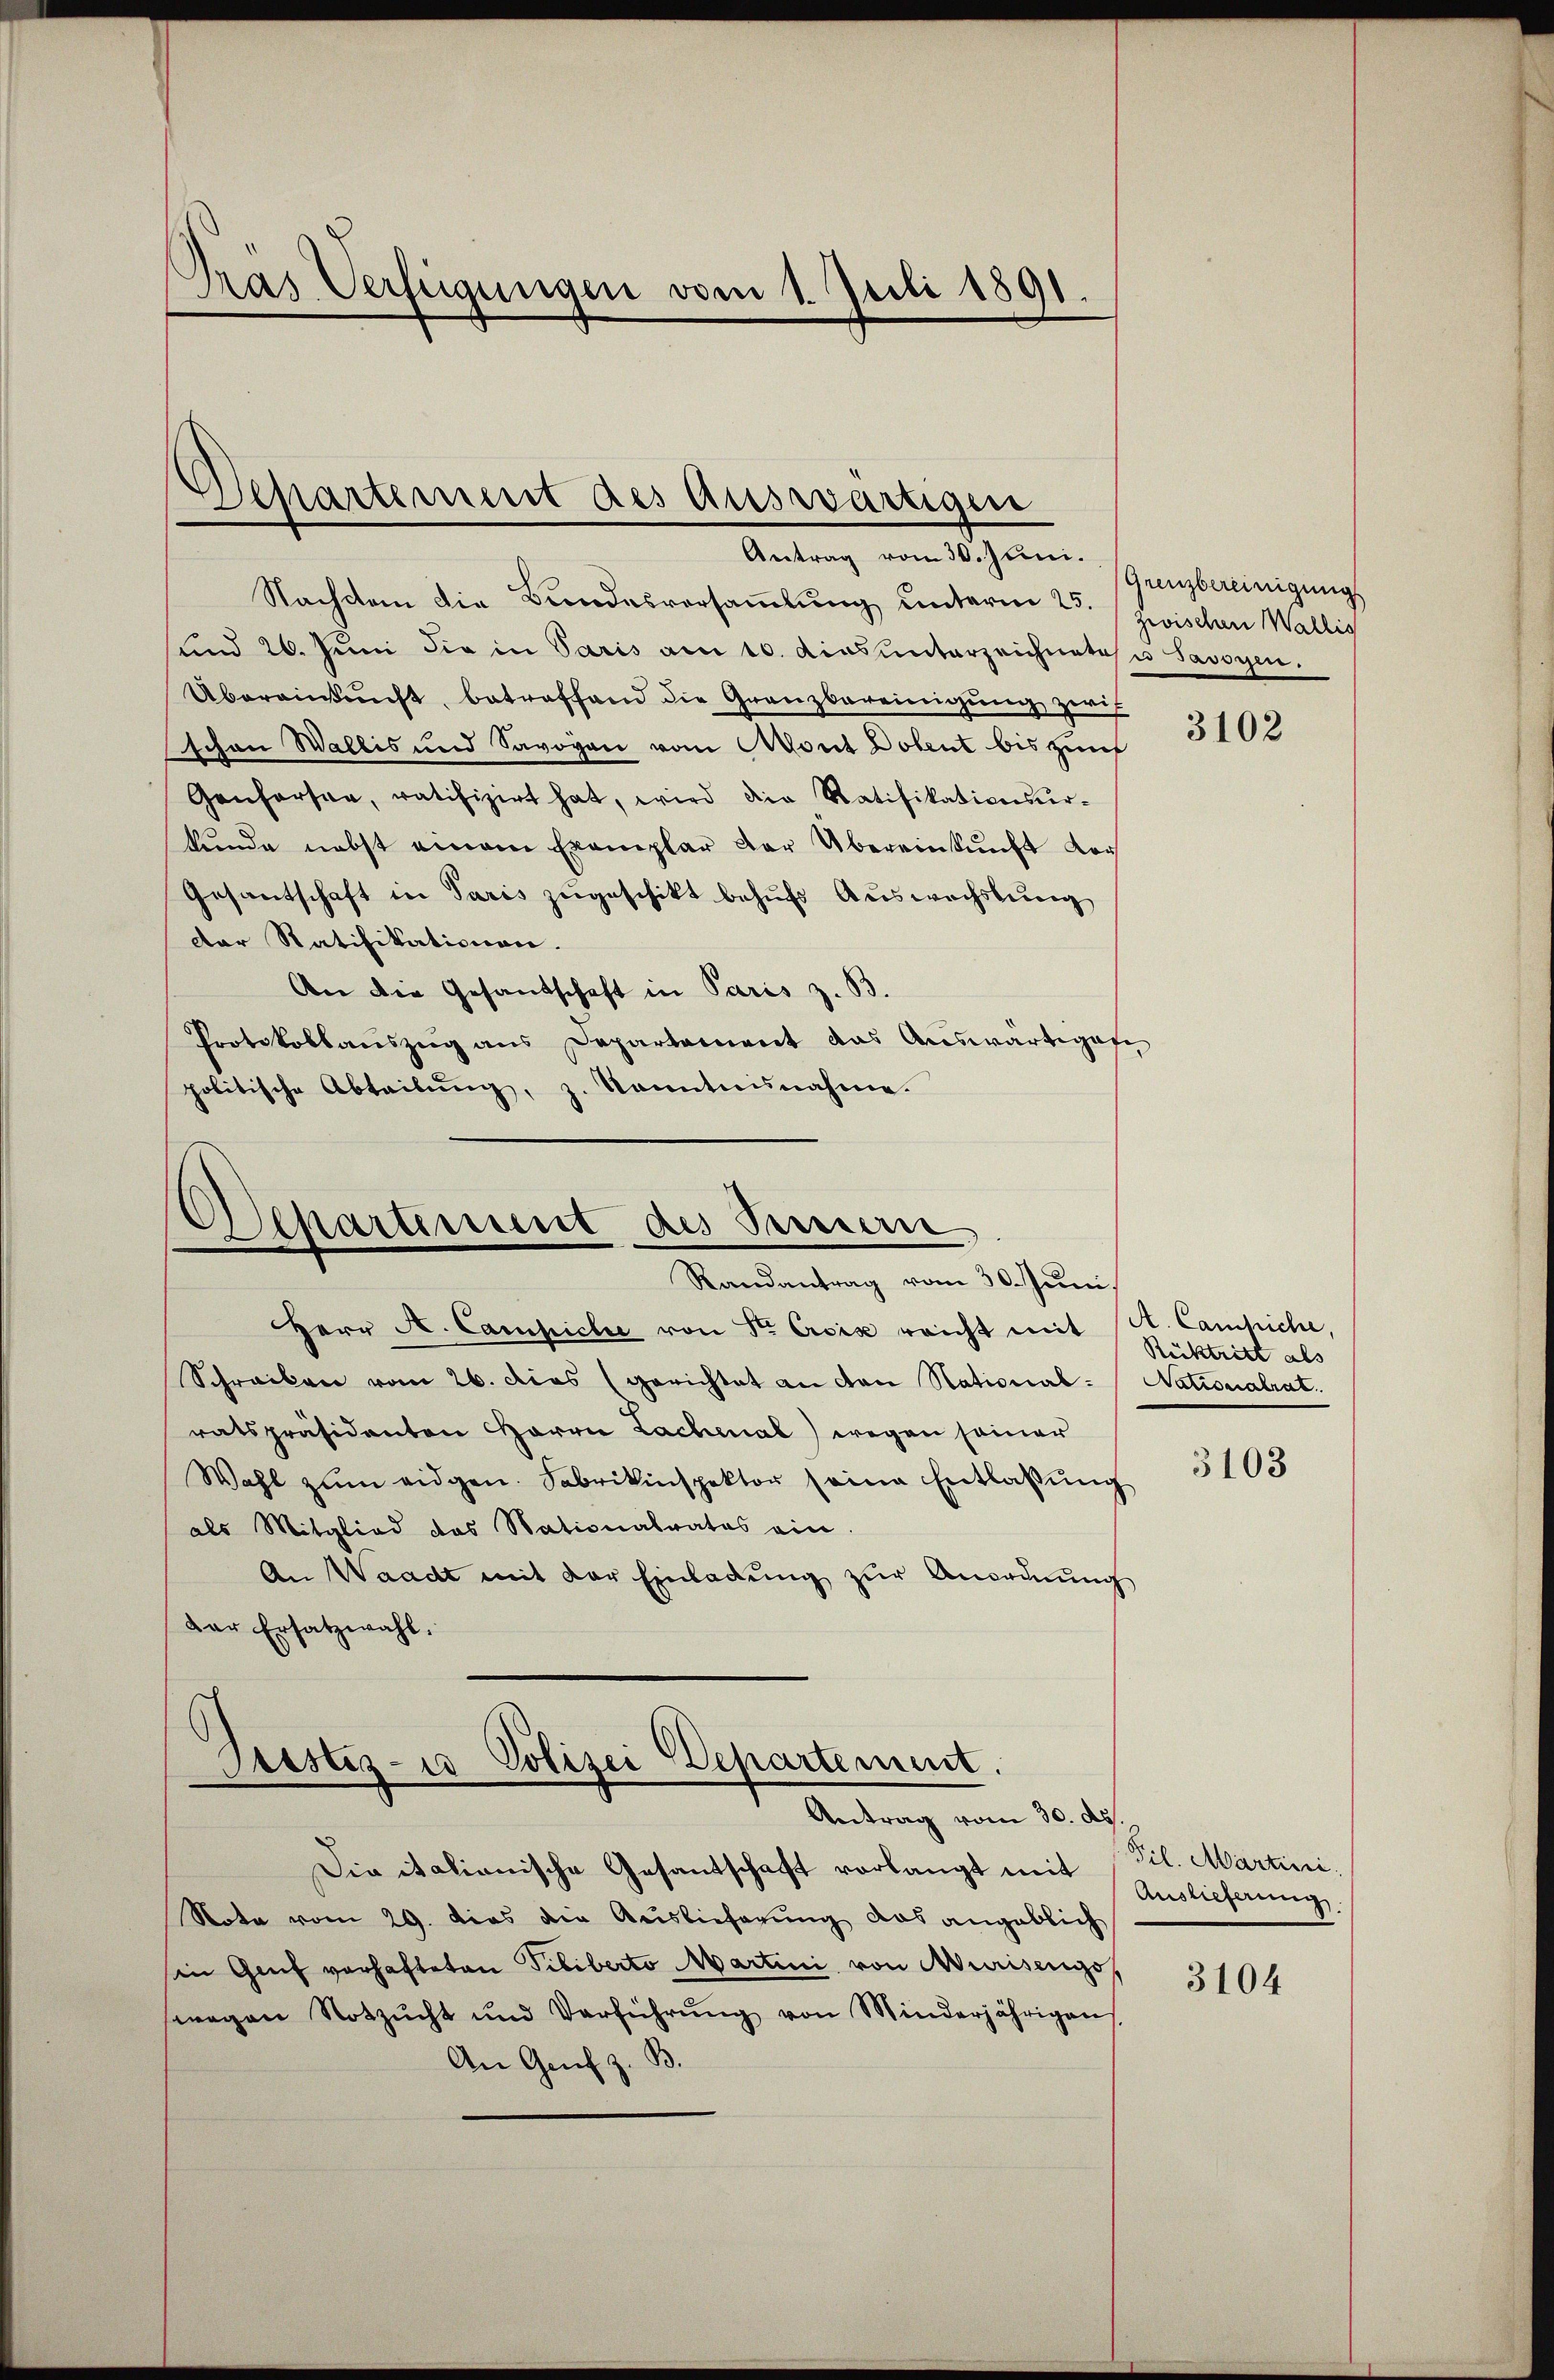
Dras Verfügungen vom 1. Juli 1891.

Departement des Auswärtigen

Antrag vom 30. Jun. Grenzbereinigungs
Nachdem die Bundesversamlung unterm 25. zwischen Wallig
sund 20. Juni die in Paris am 10. dies unterzeichnatos u Savoyen.
Übereinkunft, betreffend die Granzbereinigung zwis
schen Wallis und Savoyen vom Mont Dolent bis zunf
Gonforsee, ratifizirt hat, wird die Ratifikationsur-
kunde nebst einem Exemplar der Übereinkunft vor
Gesantschaft in Paris zugeschikt behufs Auswechslung
der Ratifikationen.
An die Gesandschaft in Paris z. B.
Protokollanszug aus Departament das Aŭswärtigen
politische Abteilŭng, z. kanntnisnahme.

Departement des Semen
Randantrag vom 30. Juni,

Herr A. Campiche von Sr. Cisix reicht mit
Schracken vom 26. dies (gerichtet an den Nationalratspräsidenten Herrn Lachenal) wegen seiner
Wahl zŭm eidgen. Fabrikinspektor seine Entlassŭng
als Mitglied das Nationalrates ein.
An Waadt mit der Einladung zur Anordnung
Der Ersatzwahl.

Giester- u Polizei Departement.
Antrag vom 30. d.

Die italianische Gesantschaft vorlangt mit Auslieferung,
Note vom 29. dies die Auslieferŭng das angeblich
in Genf vorhafteten Piliberto Martini von Murisengo
swegen Notzŭcht und Verführŭng von Minderjährigen
An Genf z. B.

3102

A. Camliche,
Rücktritt als
Nationalrat.

3103

Til. Martini.

3104